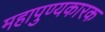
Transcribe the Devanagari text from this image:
महापुण्यकारक